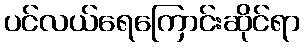
ပင်လယ်ရေကြောင်းဆိုင်ရာ